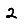
Digit: 2